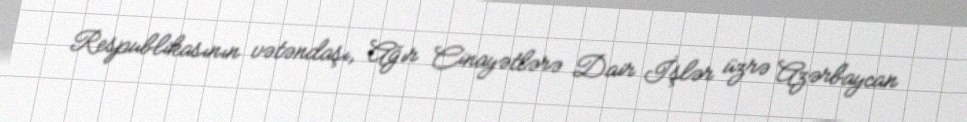
Respublikasının vətəndaşı, Ağır Cinayətlərə Dair İşlər üzrə Azərbaycan